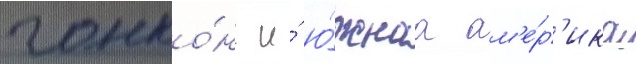
гонко́нг и́ ю́жнаа ам'е́р'ика